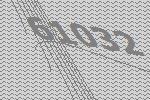
61032